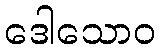
ဒေါသောဝ